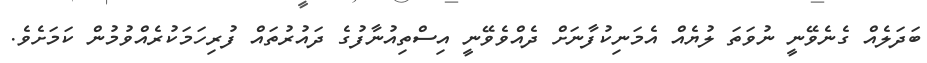
ބަދަލެއް ގެނެވޭނީ ނުވަތަ ލުޔެއް އެމަނިކުފާނަށް ދެއްވެވޭނީ އިސްތިއުނާފުގެ ދައުރުތައް ފުރިހަމަކުރެއްވުމުން ކަމަށެވެ.